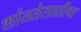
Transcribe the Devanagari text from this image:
शांततेसाठीचा